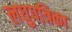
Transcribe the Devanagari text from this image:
लघुपत्रिका